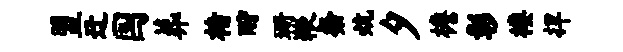
盟迂国葬楮酹珊鞭粲炕夕檐彰楼捍